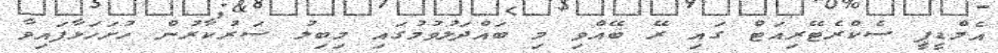
އެމްޑީޕީ ސެކްރެޓޭރިއަޓް ގައި ރޭ ބޭއްވި މި ބައްދަލުވުމުގައި މިބިލު ސަރުކާރުން ހުށަހަޅާފައިވާ